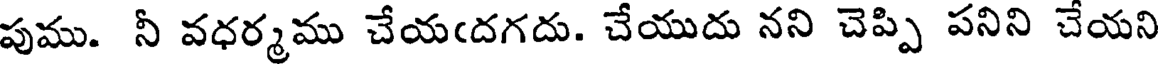
పుము. నీ వధర్మము చేయఁదగదు. చేయుదు నని చెప్పి పనిని చేయని